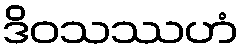
ဒိဝသဿဟံ